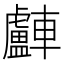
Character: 𨏧